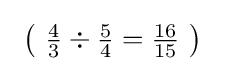
\ \left(\ {\tfrac {4}{3}}\div {\tfrac {5}{4}}={\tfrac {16}{15}}\ \right)\